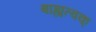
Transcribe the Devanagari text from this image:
बाह्यत्वक्